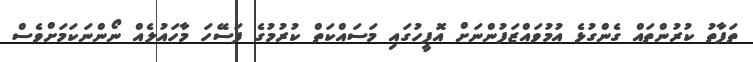
ތަފާތު ކުރުންތައް ގެންގުޅެ އުމުވައްޒަފުންނަށް އޮފީހުގައި މަސައްކަތް ކުރުމުގެ ފަސޭހަ މާހައުލެއް ނޯންނަކަމަށްވެސް